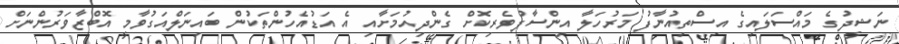
ނަޝީދުގެ މައްސަލައިގެ އިސްތިއުނާފު މަރުހަލާ އިންސާފުވެރިކޮށް ގެންދިއުމަށާއި އެ އަޑުއެހުންތަކުން ބައިނަލްއަގުވާމީ އޮބްޒާވަރުންނަށް